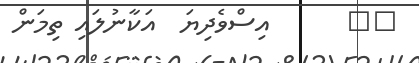
٢٧      އިސްވެދިޔަ  އަކާނުލައި ތިމަން